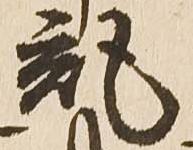
記